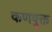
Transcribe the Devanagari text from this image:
कणयुक्त